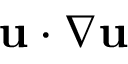
\ensuremath { \mathbf { u } } \cdot \nabla \ensuremath { \mathbf { u } }